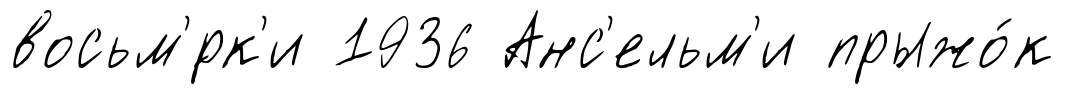
восьм'́рк'и 1936 Анс'ельм'и прыжо́к